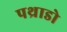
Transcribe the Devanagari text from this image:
पथ्राडो